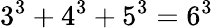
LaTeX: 3^{3}+4^{3}+5^{3}=6^{3}